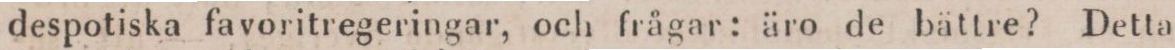
despotiska favoritregeringar, och frågar: äro de bättre? Detta